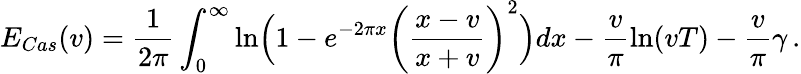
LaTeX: E_{Cas}(v)=\frac{1}{2\pi}\int_{0}^{\infty}\mathrm{ln}\Bigl(1-e^{-2\pi x}\left(\frac{x-v}{x+v}\right)^{2}\Bigr)dx-\frac{v}{\pi}\mathrm{ln}(vT)-\frac{v}{\pi}\gamma\, .